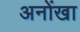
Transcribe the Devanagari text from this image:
अनोंखा